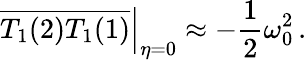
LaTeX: \left.\overline{{T_{1}(2)T_{1}(1)}}\right|_{\eta=0}\approx-\frac{1}{2}\omega_{0}^{2}\, .